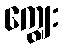
ကျွေး